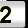
Digit: 2